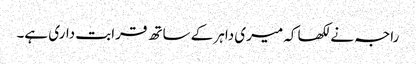
راجہ نے لکھا کہ میری داہر کے ساتھ قرابت داری ہے۔